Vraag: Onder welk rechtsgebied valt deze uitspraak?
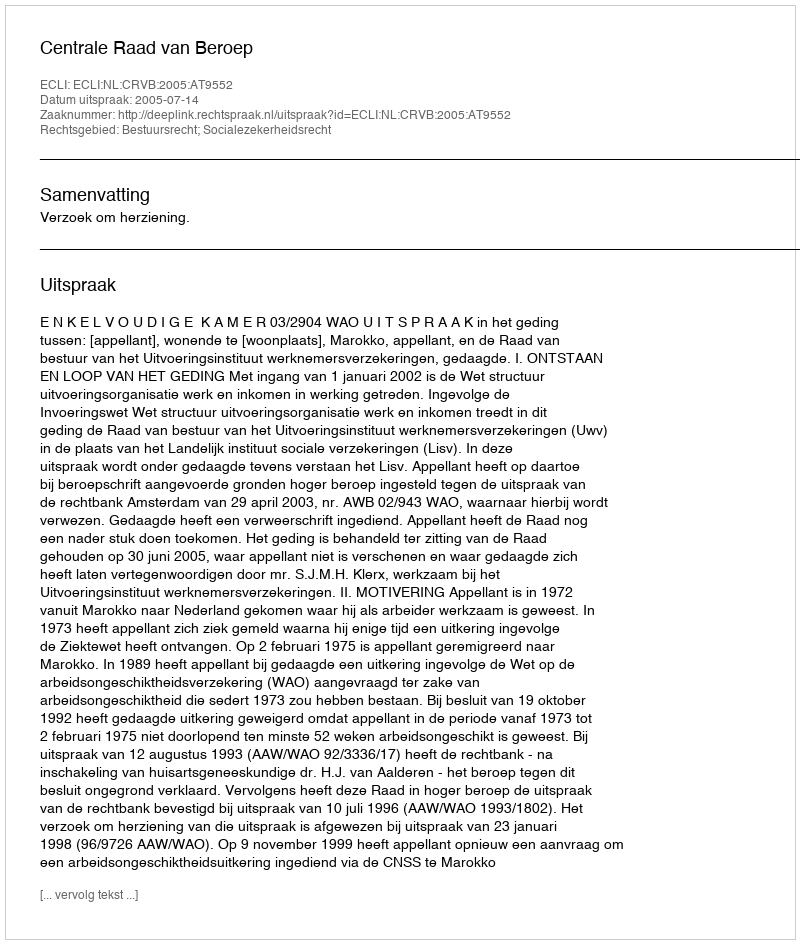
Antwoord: Bestuursrecht; Socialezekerheidsrecht